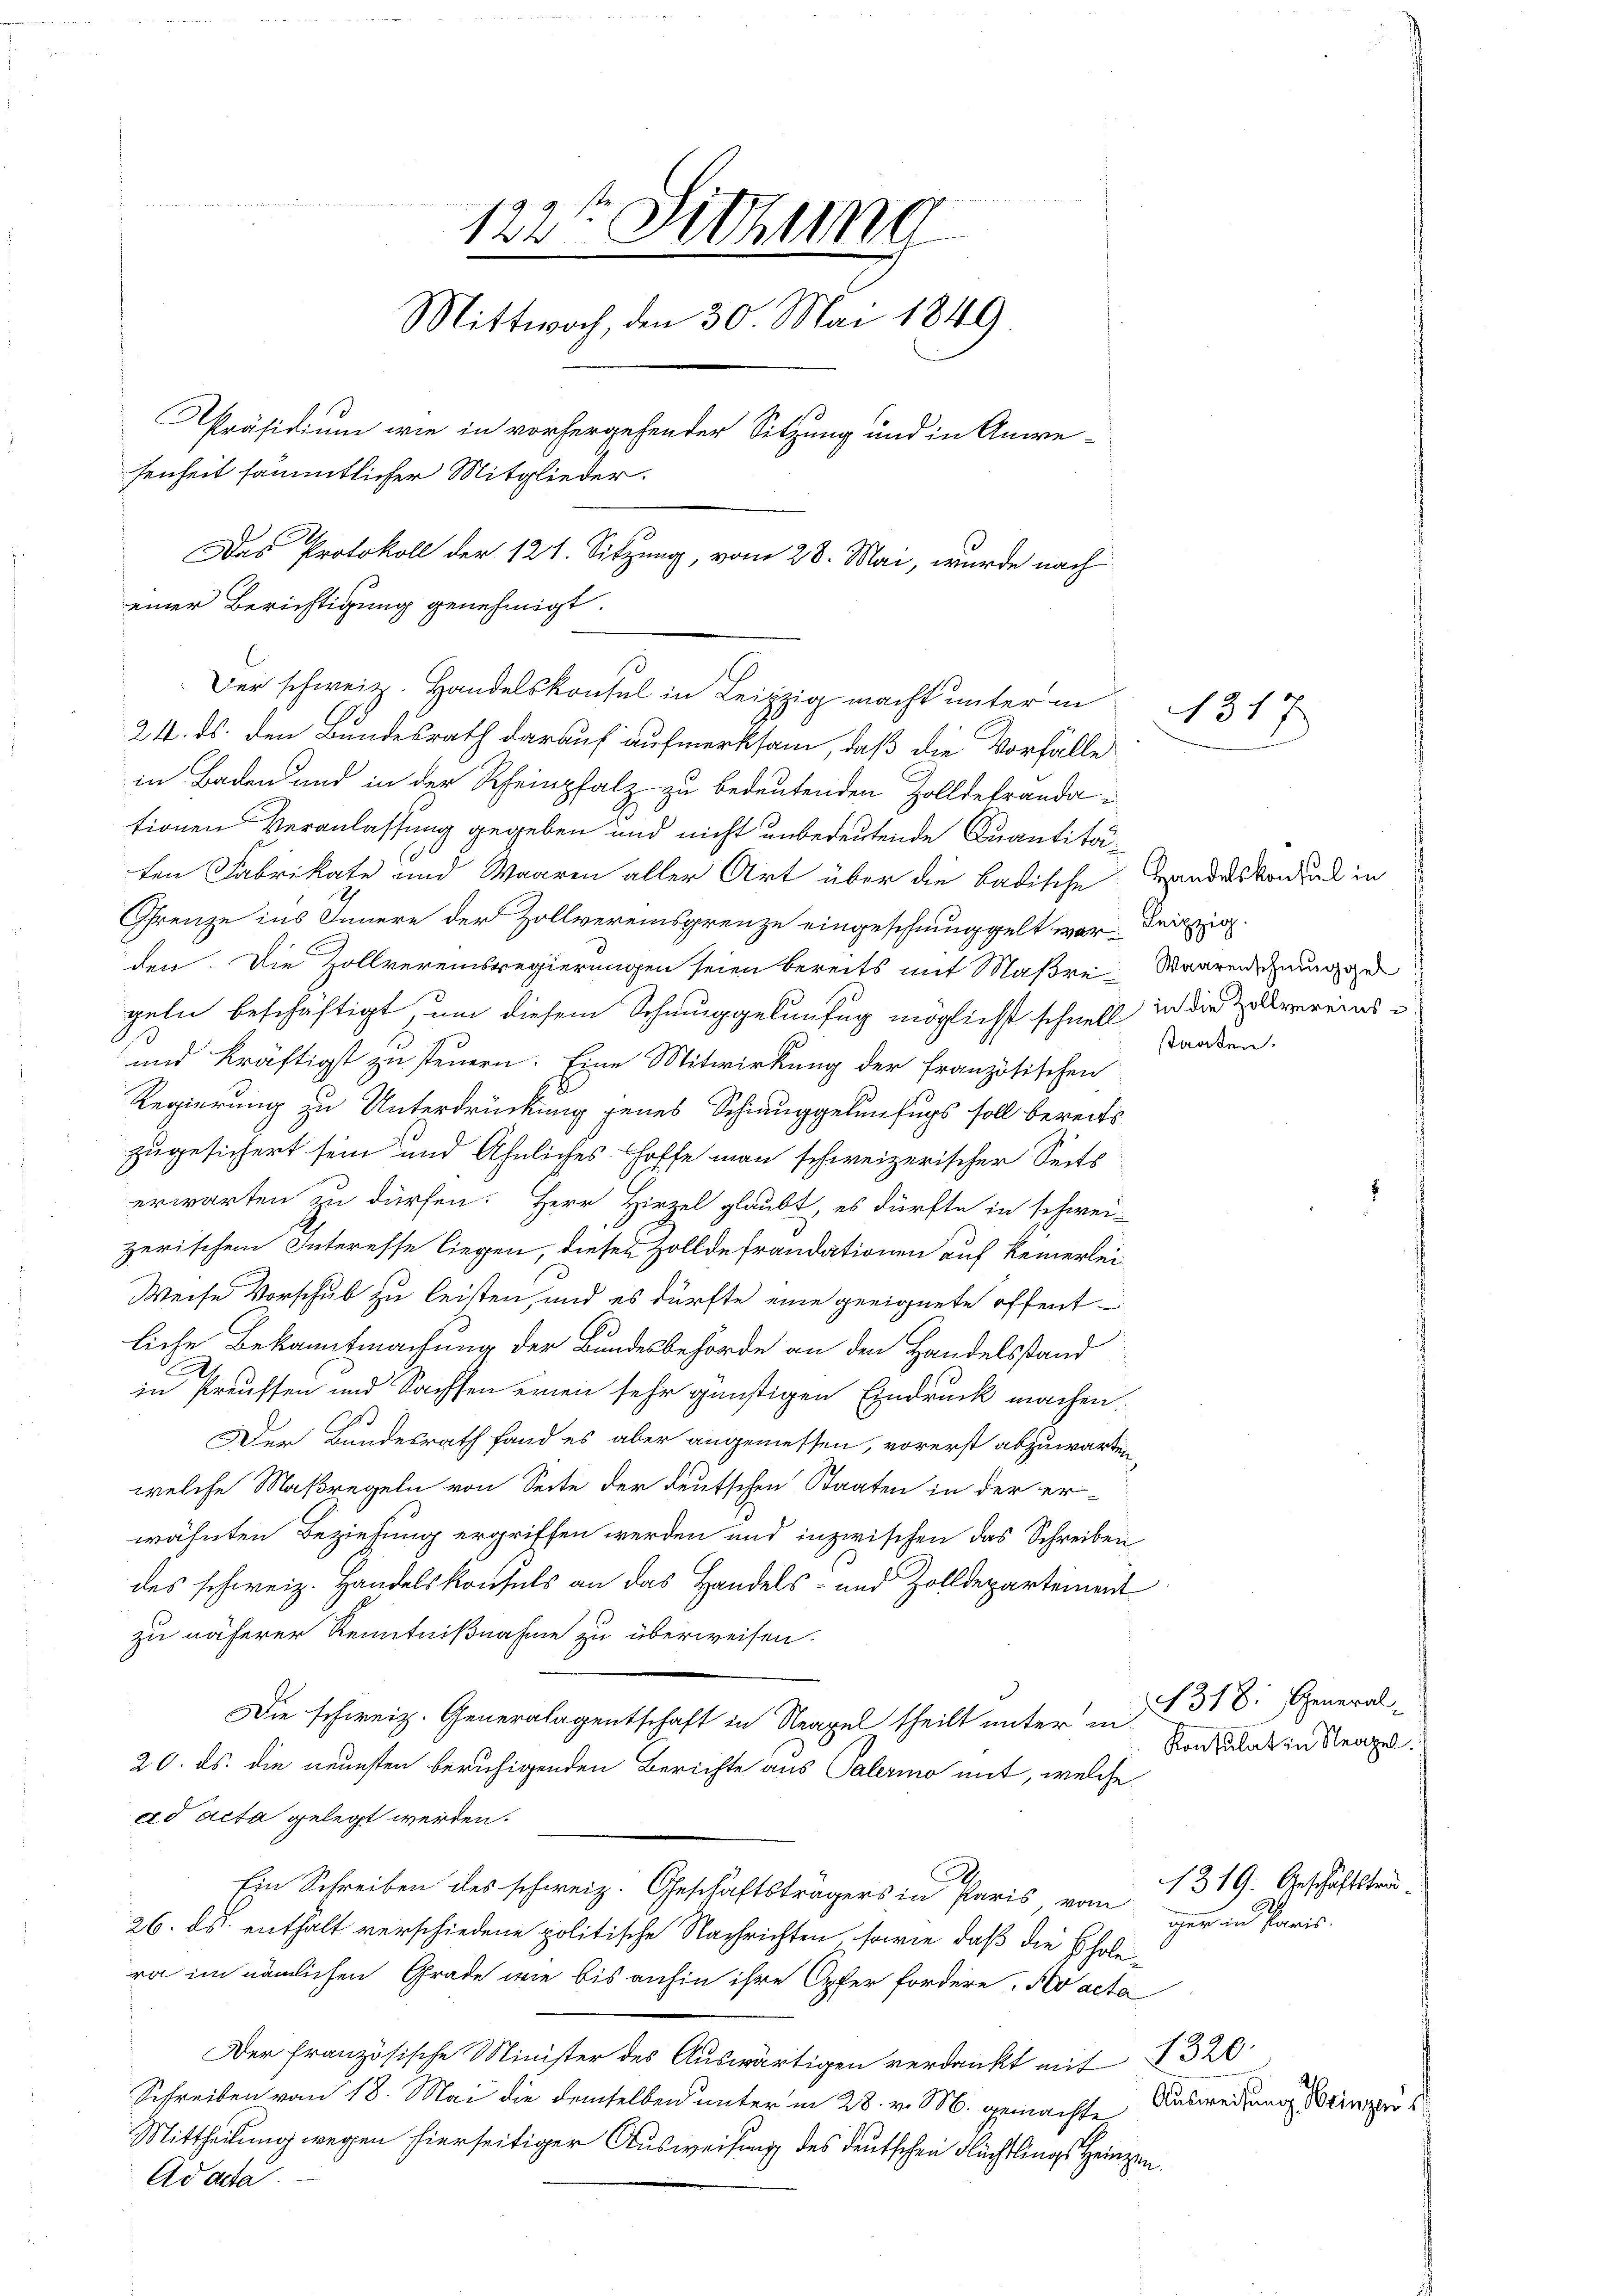
122te Sitzung
Mittwoch, den 30. Mai 1849
Präsidium wie in vorhergehender Sitzung und in Anwe-
senheit sämmtlicher Mitglieder.
Das Protokoll der 121. Sitzung, vom 28. Mai, wurde nach
einer Berichtigung genehmigt.

in Baden und in der Rheinpfalz zu bedeutenden Zolldetrandationen Veranlassung gegeben und nicht unbedeutende Quantitäten Fabrikate und Waaren aller Art über die badische Handeskonzil in
Grenze ins Innern der Zollvereinsgrenze eingeschmuggelt war. Leipzig
den. Die Zollvereinsregierungen seien bereits mit Maßre-Waarenschmugge
geln beschäftigt, um diesem Schmuggelunfug möglicht schnell in die Zollvereins
3
und kräftigst zu steuern. Eine Mitwirkung der französischen
Regierung zu Unterdrückung jenes Schauggelunfugs soll bereits
zugesichert sein und ähnliches Hoffe man schweizerischer Seits
erwarten zu dürfen. Herr Hirzel glaubt, es dürfte in schwei-
zerischen Interesse liegen, diesen Zollde frandationen auf keinerlei¬
Weise Vorschub zu leisten, und es dürfte eine geeignete öffentliche Bekanntmachung der Bundesbehörde an den Handelsstand
in Preussen und Sachsen einen sehr günstigen Eindruck machen.
Der Bundesrath fand es aber angemessen, vorerst abzuwarten,
welche Maßregeln von Seite der deutschen Staaten in der er-
wähnten Beziehung ergriffen werden und inzwischen das Schreiben
des schweiz. Handelskonsuls an das Handels- und Zolldepartement
zu näherer Kenntnißnahme zu überweisen.
Die schweiz. Generalagentschaft in Neapel theilt unter in
20. ds. die neuesten beruhigenden Berichte aus Palermo mit, welche
ad acta gelegt werden.
Ein Schreiben des schweiz. Geschäftsträgers in Paris vom
26. ds. enthalt verschiedene politische Nachrichten, sowie daß die Cholera im nämlichen Grade wie bis anhin ihre Opfer fordere, No acta
Der französische Minister des Auswärtigen verdankt mit 1320
Schreiben vom 18. Mai die demselben unter in 28. v. M. gemachte
Mittheilung wegen hierseitiger Ausweisung des deutschen Flüchtlings Heinzen.
Ad acta

Der schweiz. Handelskontal in Leipzig macht unter in
24. ds. den Bundesrath darauf aufmerksam, daß die Vorfälle

1517

staaten.

1318. General-
Konsulat in Neapel.

1319. Geschäftstrager in Paris.

Ausweisung einzer